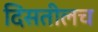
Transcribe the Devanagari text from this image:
दिसतीलच